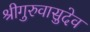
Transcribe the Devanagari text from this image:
श्रीगुरुवासुदेव